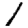
Digit: 1